Indian journal of veterinary science and animal husbandry - Volumes 18-21, 1948-1951
Year: 1948
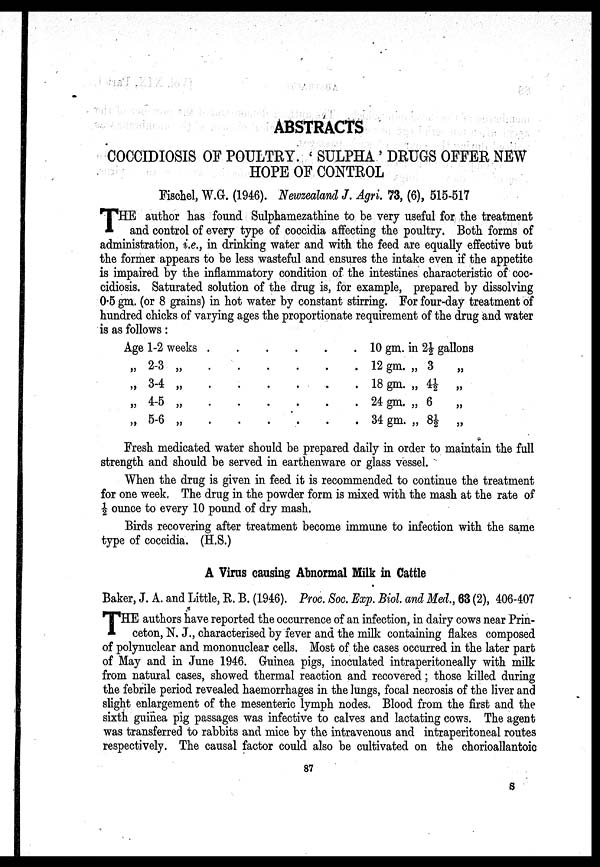
ABSTRACTS
COCCIDIOSIS OF POULTRY. ' SULPHA' DRUGS OFFER NEW
HOPE OF CONTROL
Fischel, W.G. (1946). Newzealand J. Agri. 73, (6), 515-517
T HE author has found Sulphamezathine to be very useful for the treatment
and control of every type of coccidia affecting the poultry. Both forms of
administration, i.e., in drinking water and with the feed are equally effective but
the former appears to be less wasteful and ensures the intake even if the appetite
is impaired by the inflammatory condition of the intestines characteristic of coc-
cidiosis. Saturated solution of the drug is, for example, prepared by dissolving
0.5 gm. (or 8 grains) in hot water by constant stirring. For four-day treatment of
hundred chicks of varying ages the proportionate requirement of the drug and water
is as follows:
Age 1-2 weeks . . . . . .
„ 2-3 „ . . . . . .
„ 3-4 „ . . . . . .
„ 4-5 „ . . . . . .
„ 5-6 „ . . . . . .
10 gm. in 2½ gallons
12 gm. „ 3 „
18 gm. „ 4½ „
24 gm. „ 6 „
34 gm. „ 8½ „
Fresh medicated water should be prepared daily in order to maintain the full
strength and should be served in earthenware or glass vessel.
When the drug is given in feed it is recommended to continue the treatment
for one week. The drug in the powder form is mixed with the mash at the rate of
½ ounce to every 10 pound of dry mash.
Birds recovering after treatment become immune to infection with the same
type of coccidia. (H.S.)
A Virus causing Abnormal Milk in Cattle
Baker, J. A. and Little, R. B. (1946). Proc. Soc. Exp. Biol. and Med., 63 (2), 406-407
T HE authors have reported the occurrence of an infection, in dairy cows near Prin-
ceton, N. J., characterised by fever and the milk containing flakes composed
of polynuclear and mononuclear cells. Most of the cases occurred in the later part
of May and in June 1946. Guinea pigs, inoculated intraperitoneally with milk
from natural cases, showed thermal reaction and recovered; those killed during
the febrile period revealed haemorrhages in the lungs, focal necrosis of the liver and
slight enlargement of the mesenteric lymph nodes. Blood from the first and the
sixth guinea pig passages was infective to calves and lactating cows. The agent
was transferred to rabbits and mice by the intravenous and intraperitoneal routes
respectively. The causal factor could also be cultivated on the chorioallantoic
87
S